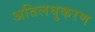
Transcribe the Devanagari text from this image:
अतिलघुकरण